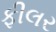
ફીલર